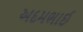
અદમભાઈ